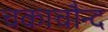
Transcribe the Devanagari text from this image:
चकाचौन्द